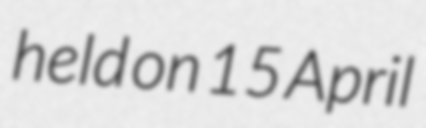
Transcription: held on 15 April